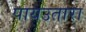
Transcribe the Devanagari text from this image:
पायउतारा